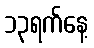
၁၃ရက်နေ့